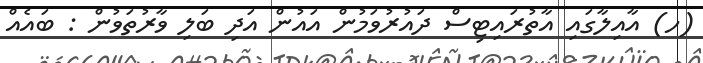
(ހ) އާއިލާގައި އާތުރައިޓިސް ދައުރުވަމުން އައުން އަދި ބަލި ވާރުތަވުން : ބައެއް